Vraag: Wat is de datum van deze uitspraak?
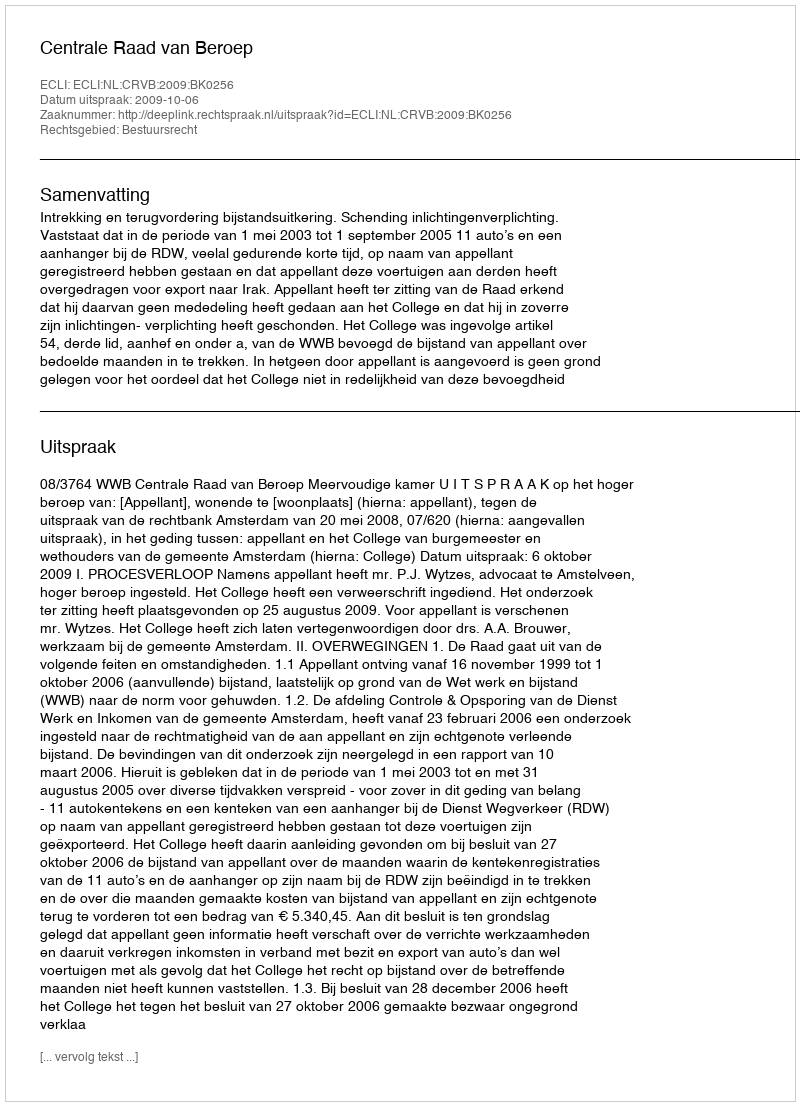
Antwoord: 2009-10-06